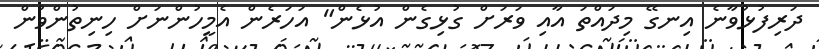
ދަރިފުޅުވާނެ އިނގޭ މިދައްތަ އާއި ވަރަށް ގުޅިގެން އުޅެން" އަހަރެން އެމީހުންނަށް ހިނިތުންވުން